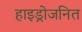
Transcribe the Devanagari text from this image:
हाइड्रोजनित